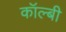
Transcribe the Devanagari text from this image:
कॉल्बी